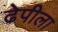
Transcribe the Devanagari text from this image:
ढेपीला